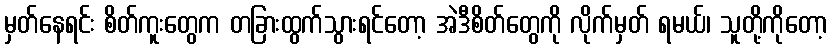
မှတ်နေရင်း စိတ်ကူးတွေက တခြားထွက်သွားရင်တော့ အဲဒီစိတ်တွေကို လိုက်မှတ် ရမယ်၊ သူတို့ကိုတော့